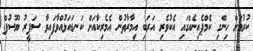
ކުރުމަށް ހިންގި ކެމްޕެއިނެއްގައި އެކުވެރި އަރަބި އިމާރާތުން އެމެރިކާއަށް ކަނޑައަޅުއްވާފައިވާ ސަފީރު ޔޫސުފް